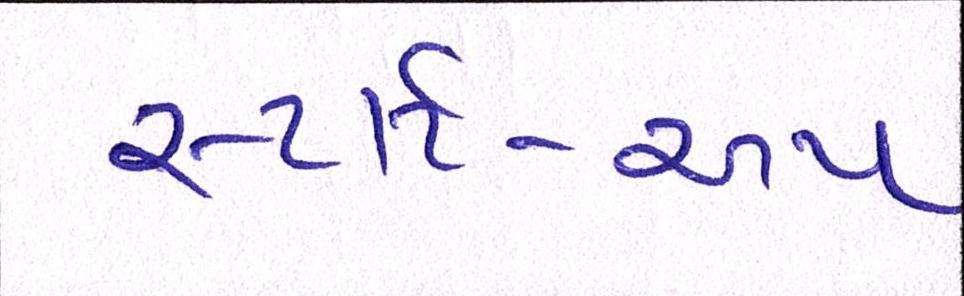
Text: સ્ટાર્ટ-અપ